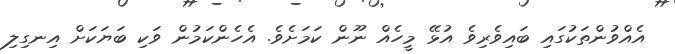
އެއްވުންތަކުގައި ބައިވެރިވެ އުޅޭ މީހެއް ނޫން ކަމަށެވެ. އެހެންކަމުން ވަކި ބަޔަކަށް އިނގިލި